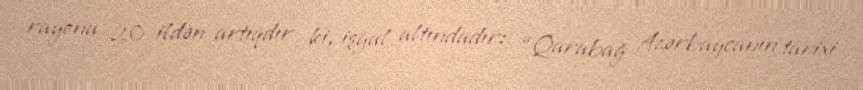
rayonu 20 ildən artıqdır ki, işğal altındadır: “Qarabağ Azərbaycanın tarixi